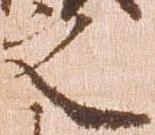
之